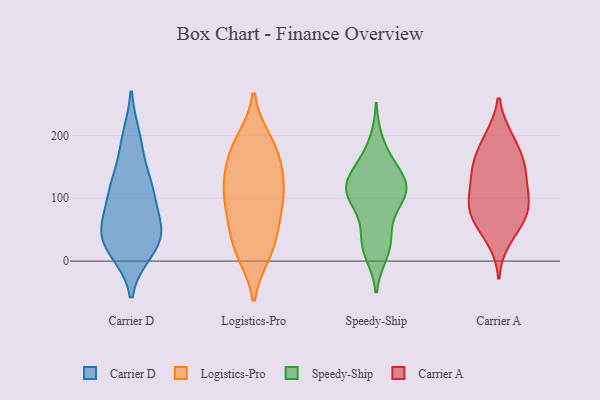
{"axis": {"x": "Energy Usage (MWh)", "y": "Value"}, "legend": ["Carrier A", "Carrier D", "Logistics-Pro", "Speedy-Ship"], "data": [{"x": "", "y": 196, "type": "Carrier D"}, {"x": "", "y": 122, "type": "Carrier D"}, {"x": "", "y": 53, "type": "Carrier D"}, {"x": "", "y": 124, "type": "Carrier D"}, {"x": "", "y": 73, "type": "Carrier D"}, {"x": "", "y": 117, "type": "Carrier D"}, {"x": "", "y": 186, "type": "Carrier D"}, {"x": "", "y": 109, "type": "Carrier D"}, {"x": "", "y": 26, "type": "Carrier D"}, {"x": "", "y": 54, "type": "Carrier D"}, {"x": "", "y": 47, "type": "Carrier D"}, {"x": "", "y": 16, "type": "Carrier D"}, {"x": "", "y": 36, "type": "Carrier D"}, {"x": "", "y": 22, "type": "Carrier D"}, {"x": "", "y": 96, "type": "Logistics-Pro"}, {"x": "", "y": 13, "type": "Logistics-Pro"}, {"x": "", "y": 106, "type": "Logistics-Pro"}, {"x": "", "y": 148, "type": "Logistics-Pro"}, {"x": "", "y": 12, "type": "Logistics-Pro"}, {"x": "", "y": 51, "type": "Logistics-Pro"}, {"x": "", "y": 57, "type": "Logistics-Pro"}, {"x": "", "y": 76, "type": "Logistics-Pro"}, {"x": "", "y": 124, "type": "Logistics-Pro"}, {"x": "", "y": 187, "type": "Logistics-Pro"}, {"x": "", "y": 159, "type": "Logistics-Pro"}, {"x": "", "y": 131, "type": "Logistics-Pro"}, {"x": "", "y": 104, "type": "Logistics-Pro"}, {"x": "", "y": 21, "type": "Logistics-Pro"}, {"x": "", "y": 192, "type": "Logistics-Pro"}, {"x": "", "y": 182, "type": "Logistics-Pro"}, {"x": "", "y": 12, "type": "Speedy-Ship"}, {"x": "", "y": 109, "type": "Speedy-Ship"}, {"x": "", "y": 103, "type": "Speedy-Ship"}, {"x": "", "y": 107, "type": "Speedy-Ship"}, {"x": "", "y": 24, "type": "Speedy-Ship"}, {"x": "", "y": 148, "type": "Speedy-Ship"}, {"x": "", "y": 21, "type": "Speedy-Ship"}, {"x": "", "y": 157, "type": "Speedy-Ship"}, {"x": "", "y": 100, "type": "Speedy-Ship"}, {"x": "", "y": 40, "type": "Speedy-Ship"}, {"x": "", "y": 190, "type": "Speedy-Ship"}, {"x": "", "y": 102, "type": "Speedy-Ship"}, {"x": "", "y": 61, "type": "Speedy-Ship"}, {"x": "", "y": 126, "type": "Speedy-Ship"}, {"x": "", "y": 141, "type": "Speedy-Ship"}, {"x": "", "y": 119, "type": "Speedy-Ship"}, {"x": "", "y": 119, "type": "Speedy-Ship"}, {"x": "", "y": 197, "type": "Carrier A"}, {"x": "", "y": 149, "type": "Carrier A"}, {"x": "", "y": 163, "type": "Carrier A"}, {"x": "", "y": 153, "type": "Carrier A"}, {"x": "", "y": 96, "type": "Carrier A"}, {"x": "", "y": 102, "type": "Carrier A"}, {"x": "", "y": 197, "type": "Carrier A"}, {"x": "", "y": 86, "type": "Carrier A"}, {"x": "", "y": 128, "type": "Carrier A"}, {"x": "", "y": 34, "type": "Carrier A"}, {"x": "", "y": 68, "type": "Carrier A"}, {"x": "", "y": 68, "type": "Carrier A"}, {"x": "", "y": 150, "type": "Carrier A"}, {"x": "", "y": 60, "type": "Carrier A"}, {"x": "", "y": 101, "type": "Carrier A"}]}